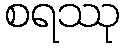
စရဿု